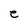
Character: e